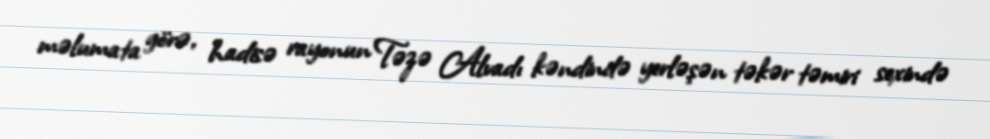
məlumata görə, hadisə rayonun Təzə Alvadı kəndində yerləşən təkər təmiri sexində